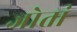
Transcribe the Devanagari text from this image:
जोतां